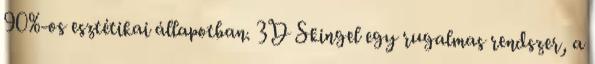
90%-os esztétikai állapotban. 3D Skingel egy rugalmas rendszer, a